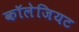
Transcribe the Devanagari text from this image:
कॉलेजियट